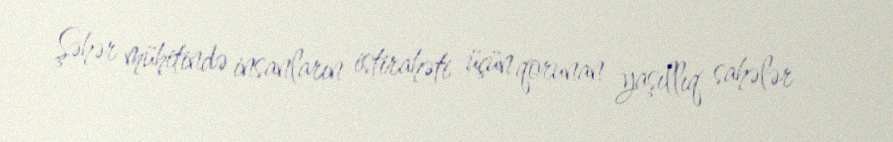
Şəhər mühitində insanların istirahəti üçün qorunan yaşıllıq sahələr —